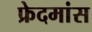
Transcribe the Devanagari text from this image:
फ्रेदमांस